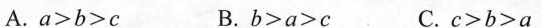
A. a＞b＞c B.b＞a＞c C.c＞b＞a